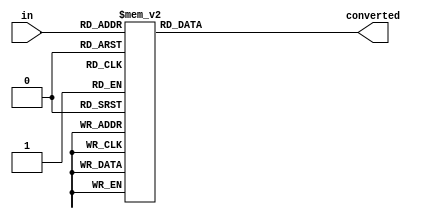
module HexConverter (in, converted);
	input [3:0] in;
	output reg [6:0] converted;
    always @(*)
        begin
	       case(in)
            4'h0: converted[6:0] = 7'b1000000;
            4'h1: converted[6:0] = 7'b1111001;
            4'h2: converted[6:0] = 7'b0100100;
            4'h3: converted[6:0] = 7'b0110000;
            4'h4: converted[6:0] = 7'b0011001;
            4'h5: converted[6:0] = 7'b0010010;
            4'h6: converted[6:0] = 7'b0000010;
            4'h7: converted[6:0] = 7'b1111000;
            4'h8: converted[6:0] = 7'b0000000;
            4'h9: converted[6:0] = 7'b0010000;
            4'hA: converted[6:0] = 7'b0001000;
            4'hB: converted[6:0] = 7'b0000011;
            4'hC: converted[6:0] = 7'b0100111;
            4'hD: converted[6:0] = 7'b0100001;
            4'hE: converted[6:0] = 7'b0000110;
            default : converted[6:0] = 7'b0001110;
           endcase
        end
endmodule